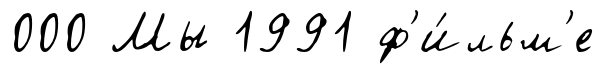
000 Мы 1991 ф'и́льм'е